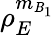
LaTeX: \rho_{E}^{{{m}_{\mathit{B}_{1}}}}